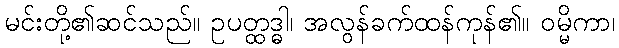
မင်းတို့၏ဆင်သည်။ ဥပတ္ထဒ္ဓါ၊ အလွန်ခက်ထန်ကုန်၏။ ဝမ္မိကာ၊